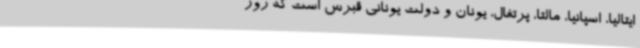
ایتالیا، اسپانیا، مالتا، پرتغال، یونان و دولت یونانی قبرس است که روز